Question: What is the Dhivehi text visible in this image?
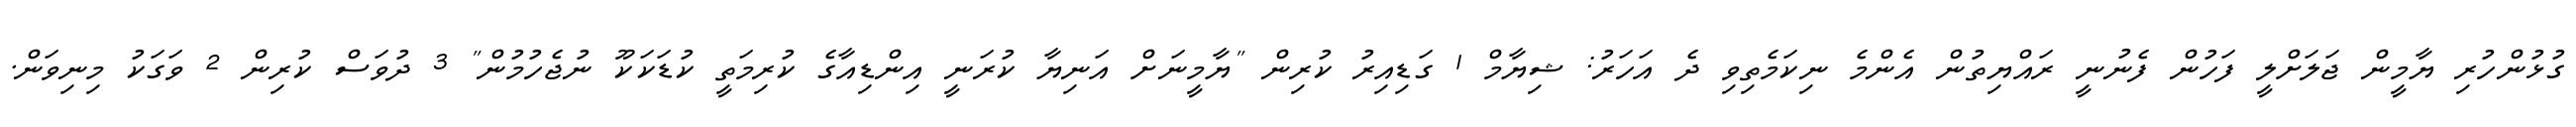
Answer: ގުޅުންހުރި ޔާމީން ޖަލަށްލީ ފަހުން ފެނުނީ ރައްޔިތުން އެންމެ ނިކަމެތިވި ދެ އަހަރު: ޝިޔާމް 1 ގަޑިއިރު ކުރިން "ޔާމީނަށް އަނިޔާ ކުރަނީ އިންޑިއާގެ ކުރިމަތީ ކުޑަކަކޫ ނުޖެހުމުން" 3 ދުވަސް ކުރިން 2 ވަގަކު މިނިވަން.